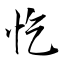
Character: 忔